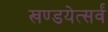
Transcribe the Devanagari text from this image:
खण्डयेत्सर्वं